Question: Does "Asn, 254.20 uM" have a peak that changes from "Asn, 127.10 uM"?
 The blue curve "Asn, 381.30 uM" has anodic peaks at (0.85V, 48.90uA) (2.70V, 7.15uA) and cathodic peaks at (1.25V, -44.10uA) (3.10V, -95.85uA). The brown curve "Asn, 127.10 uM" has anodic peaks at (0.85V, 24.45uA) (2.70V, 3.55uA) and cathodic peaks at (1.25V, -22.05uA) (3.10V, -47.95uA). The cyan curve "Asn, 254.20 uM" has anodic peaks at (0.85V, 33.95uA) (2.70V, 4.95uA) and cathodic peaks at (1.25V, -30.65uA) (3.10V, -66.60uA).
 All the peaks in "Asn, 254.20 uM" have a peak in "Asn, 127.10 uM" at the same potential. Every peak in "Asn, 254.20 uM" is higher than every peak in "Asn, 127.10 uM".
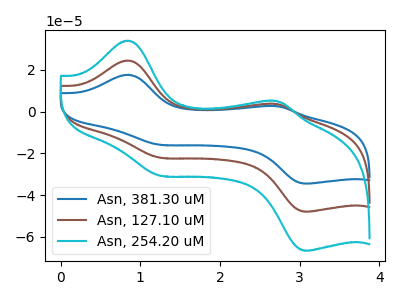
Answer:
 <answer>No, "Asn, 254.20 uM" and "Asn, 127.10 uM" don't appear to be significantly different in shape</answer>
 <eval>no_change</eval>